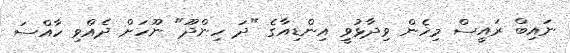
ނައިބް ރައީސް މިހެން ވިދާޅުވީ އިންޑިއާގެ "ދަ ހިންދޫ" ނޫހަށް ދެއްވި ހާއްސަ